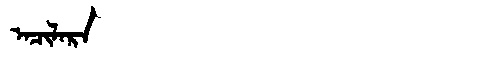
Manchu: ᠠᠴᡳᠯᠠᡵᠠ
Romanization: ACILARA